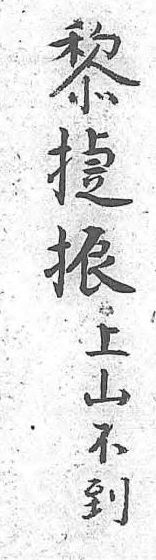
黎上捷山振不 到